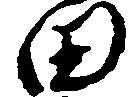
田